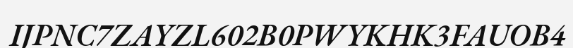
IJPNC7ZAYZL602B0PWYKHK3FAUOB4